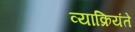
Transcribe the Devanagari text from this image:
व्याक्रियंते